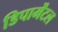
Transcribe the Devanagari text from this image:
डिपार्मेंटल